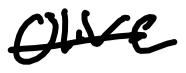
Text: olive
Cross-out: single-line
Writing tool: digital_black